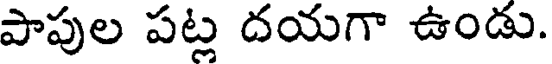
పాపుల పట్ల దయగా ఉండు.